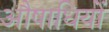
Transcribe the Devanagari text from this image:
औषाधियों